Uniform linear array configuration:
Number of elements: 12
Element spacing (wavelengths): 0.75
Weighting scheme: blackman
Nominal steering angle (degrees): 30
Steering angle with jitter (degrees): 28.191
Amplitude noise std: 0.05
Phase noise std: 0.05

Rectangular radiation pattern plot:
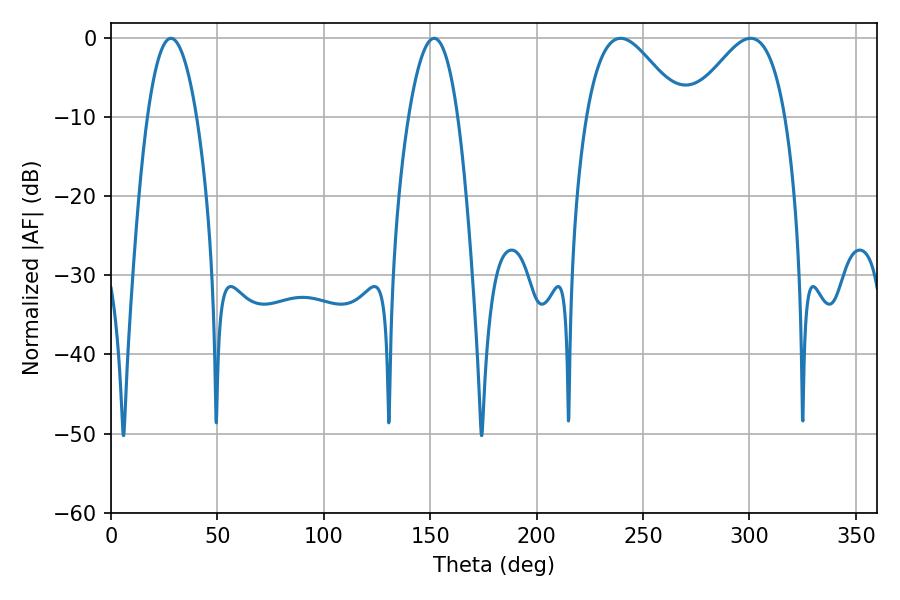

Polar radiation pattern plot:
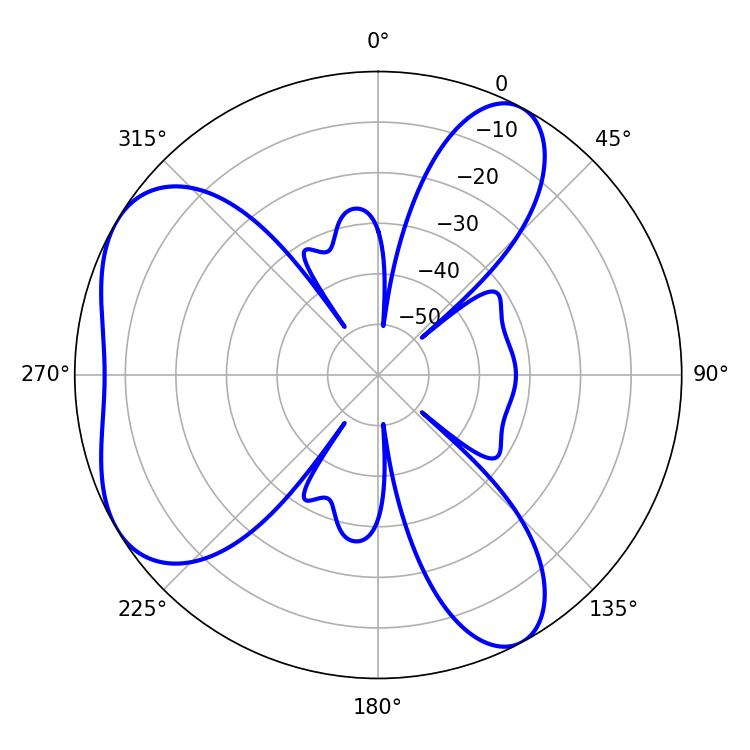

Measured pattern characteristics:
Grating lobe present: TRUE
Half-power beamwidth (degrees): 23.94
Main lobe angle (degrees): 239.4